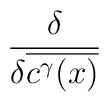
\frac{\delta }{\delta \overline{c^{\gamma }(x)}}